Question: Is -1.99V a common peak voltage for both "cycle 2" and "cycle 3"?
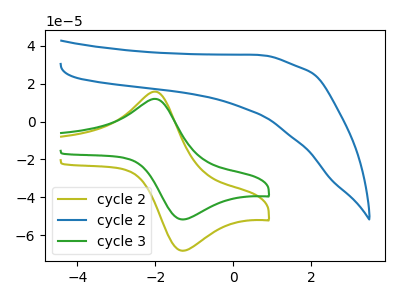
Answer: <think>The olive curve "cycle 2" has an anodic peak at (-2.00V, 15.75uA) and a cathodic peak at (-1.30V, -68.25uA). The blue curve "cycle 2" has no peaks. The green curve "cycle 3" has an anodic peak at (-2.00V, 11.95uA) and a cathodic peak at (-1.30V, -51.70uA).</think>
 <answer>Yes, "cycle 2" and "cycle 3" share a peak at -1.99V.</answer>
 <eval>match</eval>